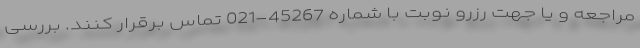
مراجعه و یا جهت رزرو نوبت با شماره 45267-021 تماس برقرار کنند. بررسی